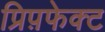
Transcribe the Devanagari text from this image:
प्रिप़फेक्ट